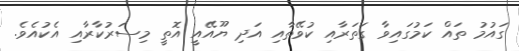
ގައުމު ތައް ކަމުގައިވާ ގަތަރާއި ކުވޭތާއި އަދި ޔޫއޭއީ އޮތީ މިސަރުކާރާއި އެކުއެވެ.